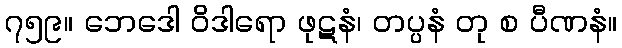
၇၅၉။ ဘေဒေါ ဝိဒါရော ဖုဋနံ၊ တပ္ပနံ တု စ ပီဏနံ။